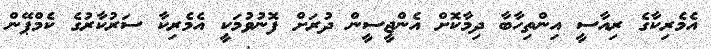
އެމެރިކާގެ ރިއާސީ އިންތިހާބާ ދިމާކޮށް އެންޖީސީން ދުރަށް ފޮނުވުމަކީ އެމެރިކާ ސަރުކާރުގެ ކެމްޕޭން